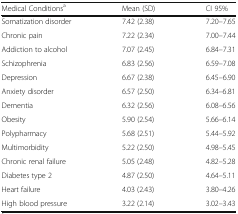
<table><thead><tr><td><b>Medical Conditions<sup>a</sup></b></td><td><b>Mean (SD)</b></td><td><b>CI 95%</b></td></tr></thead><tbody><tr><td>Somatization disorder</td><td>7.42 (2.38)</td><td>7.20–7.65</td></tr><tr><td>Chronic pain</td><td>7.22 (2.34)</td><td>7.00–7.44</td></tr><tr><td>Addiction to alcohol</td><td>7.07 (2.45)</td><td>6.84–7.31</td></tr><tr><td>Schizophrenia</td><td>6.83 (2.56)</td><td>6.59–7.08</td></tr><tr><td>Depression</td><td>6.67 (2.38)</td><td>6.45–6.90</td></tr><tr><td>Anxiety disorder</td><td>6.57 (2.50)</td><td>6.34–6.81</td></tr><tr><td>Dementia</td><td>6.32 (2.56)</td><td>6.08–6.56</td></tr><tr><td>Obesity</td><td>5.90 (2.54)</td><td>5.66–6.14</td></tr><tr><td>Polypharmacy</td><td>5.68 (2.51)</td><td>5.44–5.92</td></tr><tr><td>Multimorbidity</td><td>5.22 (2.50)</td><td>4.98–5.45</td></tr><tr><td>Chronic renal failure</td><td>5.05 (2.48)</td><td>4.82–5.28</td></tr><tr><td>Diabetes type 2</td><td>4.87 (2.50)</td><td>4.64–5.11</td></tr><tr><td>Heart failure</td><td>4.03 (2.43)</td><td>3.80–4.26</td></tr><tr><td>High blood pressure</td><td>3.22 (2.14)</td><td>3.02–3.43</td></tr></tbody></table>